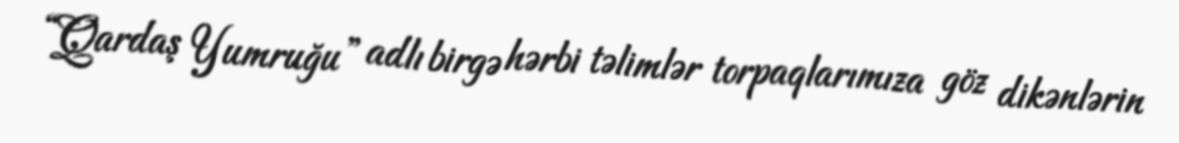
“Qardaş Yumruğu” adlı birgə hərbi təlimlər torpaqlarımıza göz dikənlərin